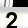
Digit: 2